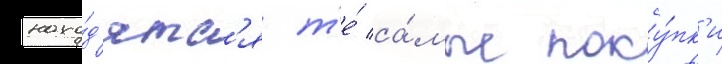
нахо́д'ятс'я т'е́ са́мые поку́пк'и